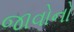
જાવોનો